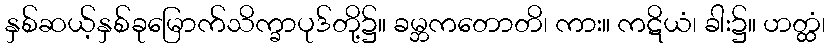
နှစ်ဆယ့်နှစ်ခုမြောက်သိက္ခာပုဒ်တို့၌။ ခမ္ဘကတောတိ၊ ကား။ ကဋိယံ၊ ခါး၌။ ဟတ္ထံ၊